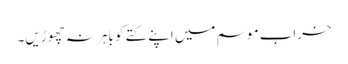
خراب موسم میں اپنے کتے کو باہر نہ چھوڑیں۔